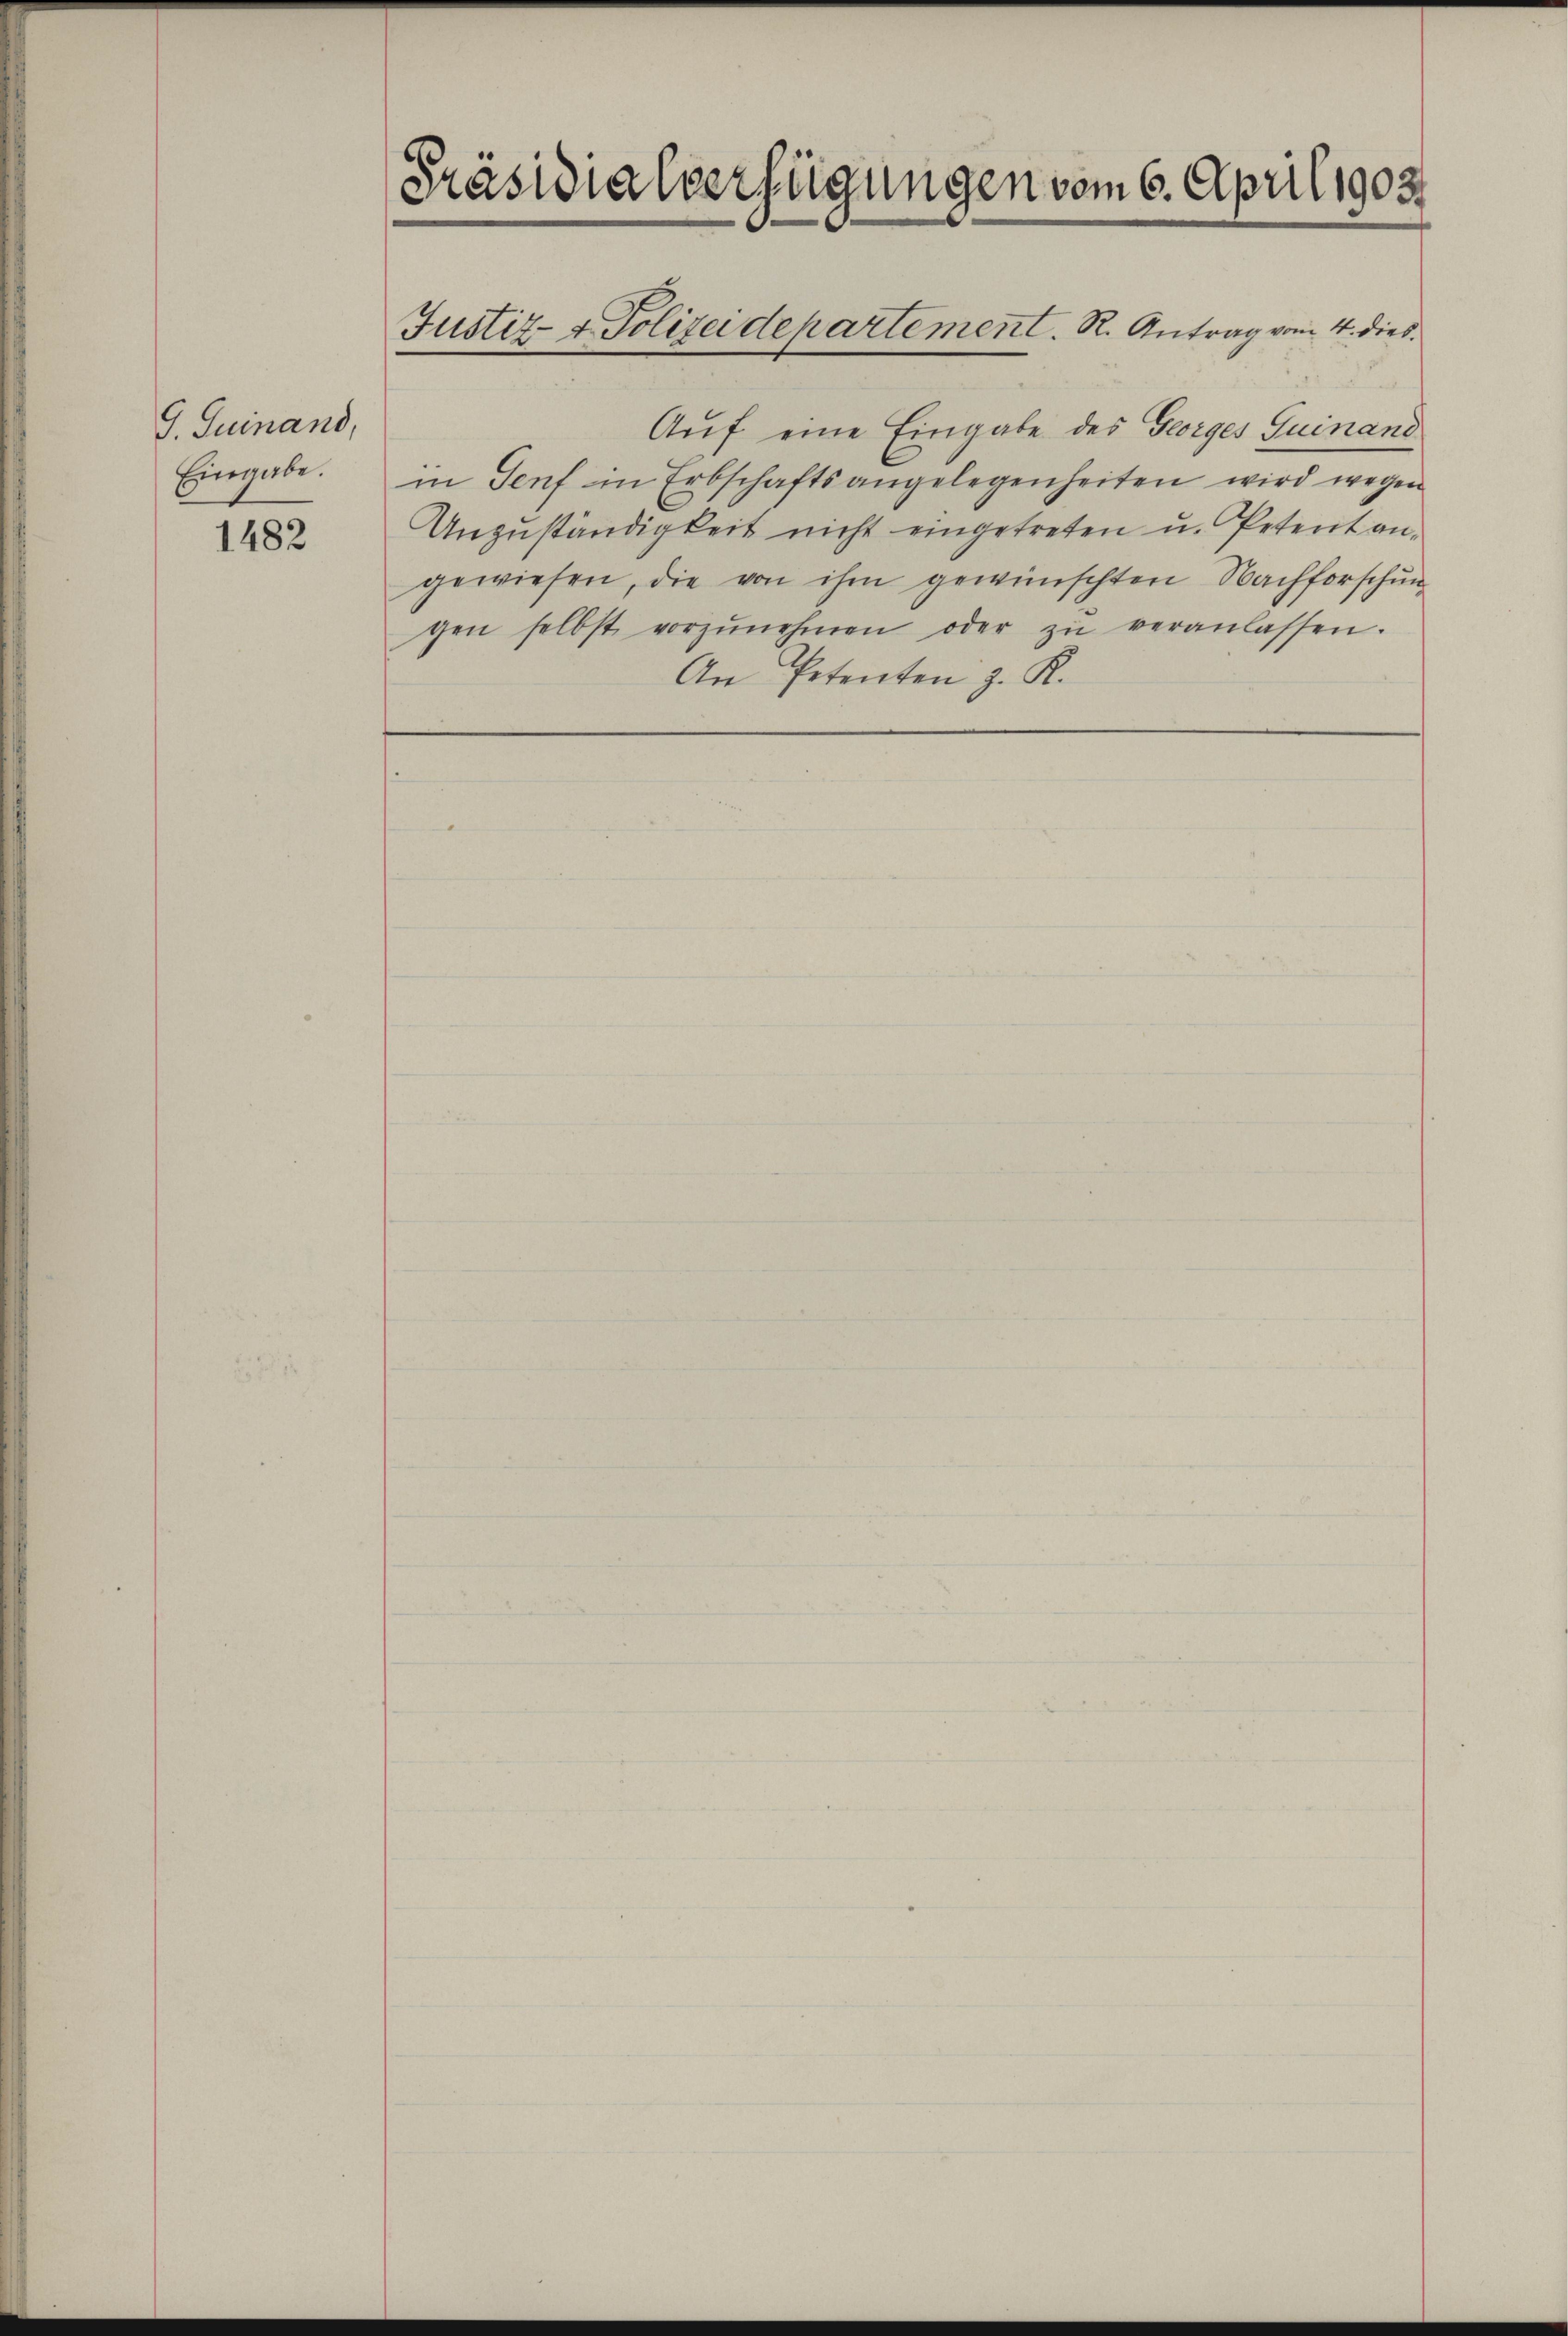
9. Juinand,
Eingabe.

1482

Präsidialverfügungen vom 6. April 1903
Justiz- & Polizeidepartement. R. Antrag vom 4. dies

Auf eine Eingabe des Georges Juinand
in Genf in Erbschaftsangelegenheiten wird wegen
Unzuständigkeit nicht eingetreten u. Petent angewiesen, die von ihm gewünschten Nachforschun
gen selbst vorzŭnehmen oder zŭ veranlassen.
An Petenten z. K.